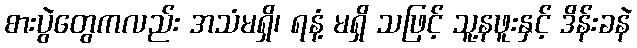
စားပွဲတွေကလည်း အသံမရှိ၊ ရနံ့ မရှိ သဖြင့် သူ့နဖူးနှင့် ဒိန်းခနဲ